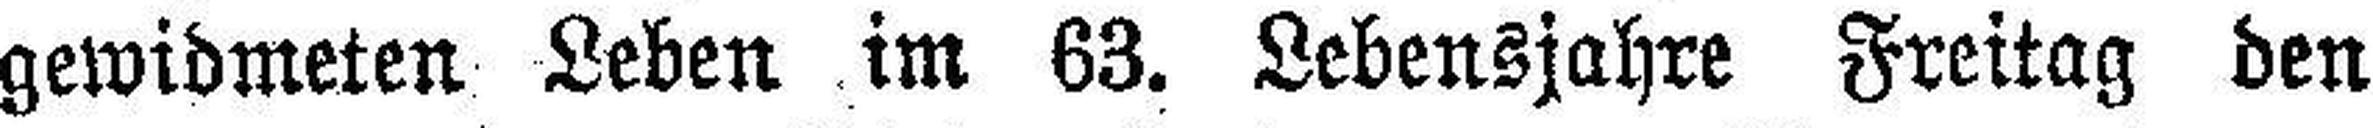
gewidmeten Leben im 63. Lebensjahre Freitag den